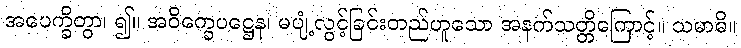
အပေက္ခိတွာ၊ ၍။ အဝိက္ခေပဋ္ဌေန၊ မပျံ့လွင့်ခြင်းတည်ဟူသော အနက်သတ္တိကြောင့်။ သမာဓိ။